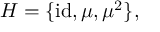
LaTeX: H = \{ { \mathrm { i d } } , \mu , \mu ^ { 2 } \} ,